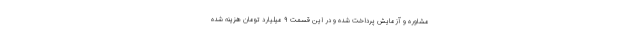
مشاوره و آزمایش پرداخت شده و در این قسمت ۹ میلیارد تومان هزینه شده